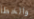
والخطأ